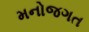
મનોજગત